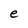
Character: e